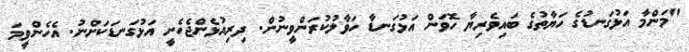
"މަންމާ އަޅުގަނޑުގެ ހަޔާތުގެ ބައިވެރިޔާ ހޮވަން އަޅުގަނޑާ ހަވާލުކުރަންވީނުން. ދިރިއުޅެންޖެހެނީ އަޅުގަނޑަކަށްނު. އެހެންވީމަ